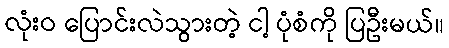
လုံးဝ ပြောင်းလဲသွားတဲ့ ငါ့ ပုံစံကို ပြဦးမယ်။